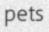
pets